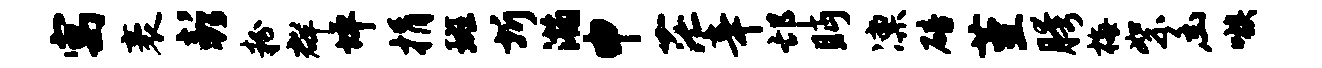
寓袤彭粉群坪捐斑圻瀚申茫辛邙眄凛碚堇胯梅絮幽嗾